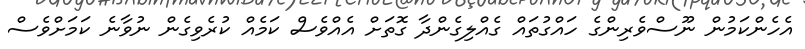
އެހެންކަމުން ނޫސްވެރިންގެ ހައްގުތައް ގެއްލިގެންދާ ގޮތަށް އެއްވެސް ކަމެއް ކުރެވިގެން ނުވާނެ ކަމަށްވެސް